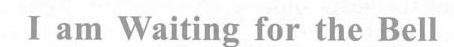
I am Waiting for the Bell